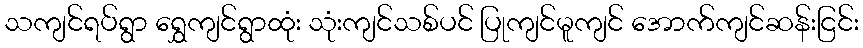
သကျင်ရပ်ရွာ ရွှေကျင်ရွာထုံး သုံးကျင်သစ်ပင် ပြုကျင်မူကျင် အောက်ကျင်ဆန်းငြင်း